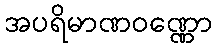
အပရိမာဏဝဏ္ဏော